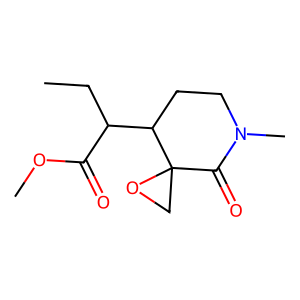
SMILES: CCC(C(=O)OC)C1CCN(C)C(=O)C12CO2
Inhibits HIV replication: No